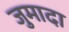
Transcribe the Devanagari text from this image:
जुमादा